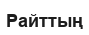
Райттың